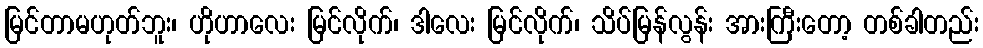
မြင်တာမဟုတ်ဘူး၊ ဟိုဟာလေး မြင်လိုက်၊ ဒါလေး မြင်လိုက်၊ သိပ်မြန်လွန်း အားကြီးတော့ တစ်ခါတည်း